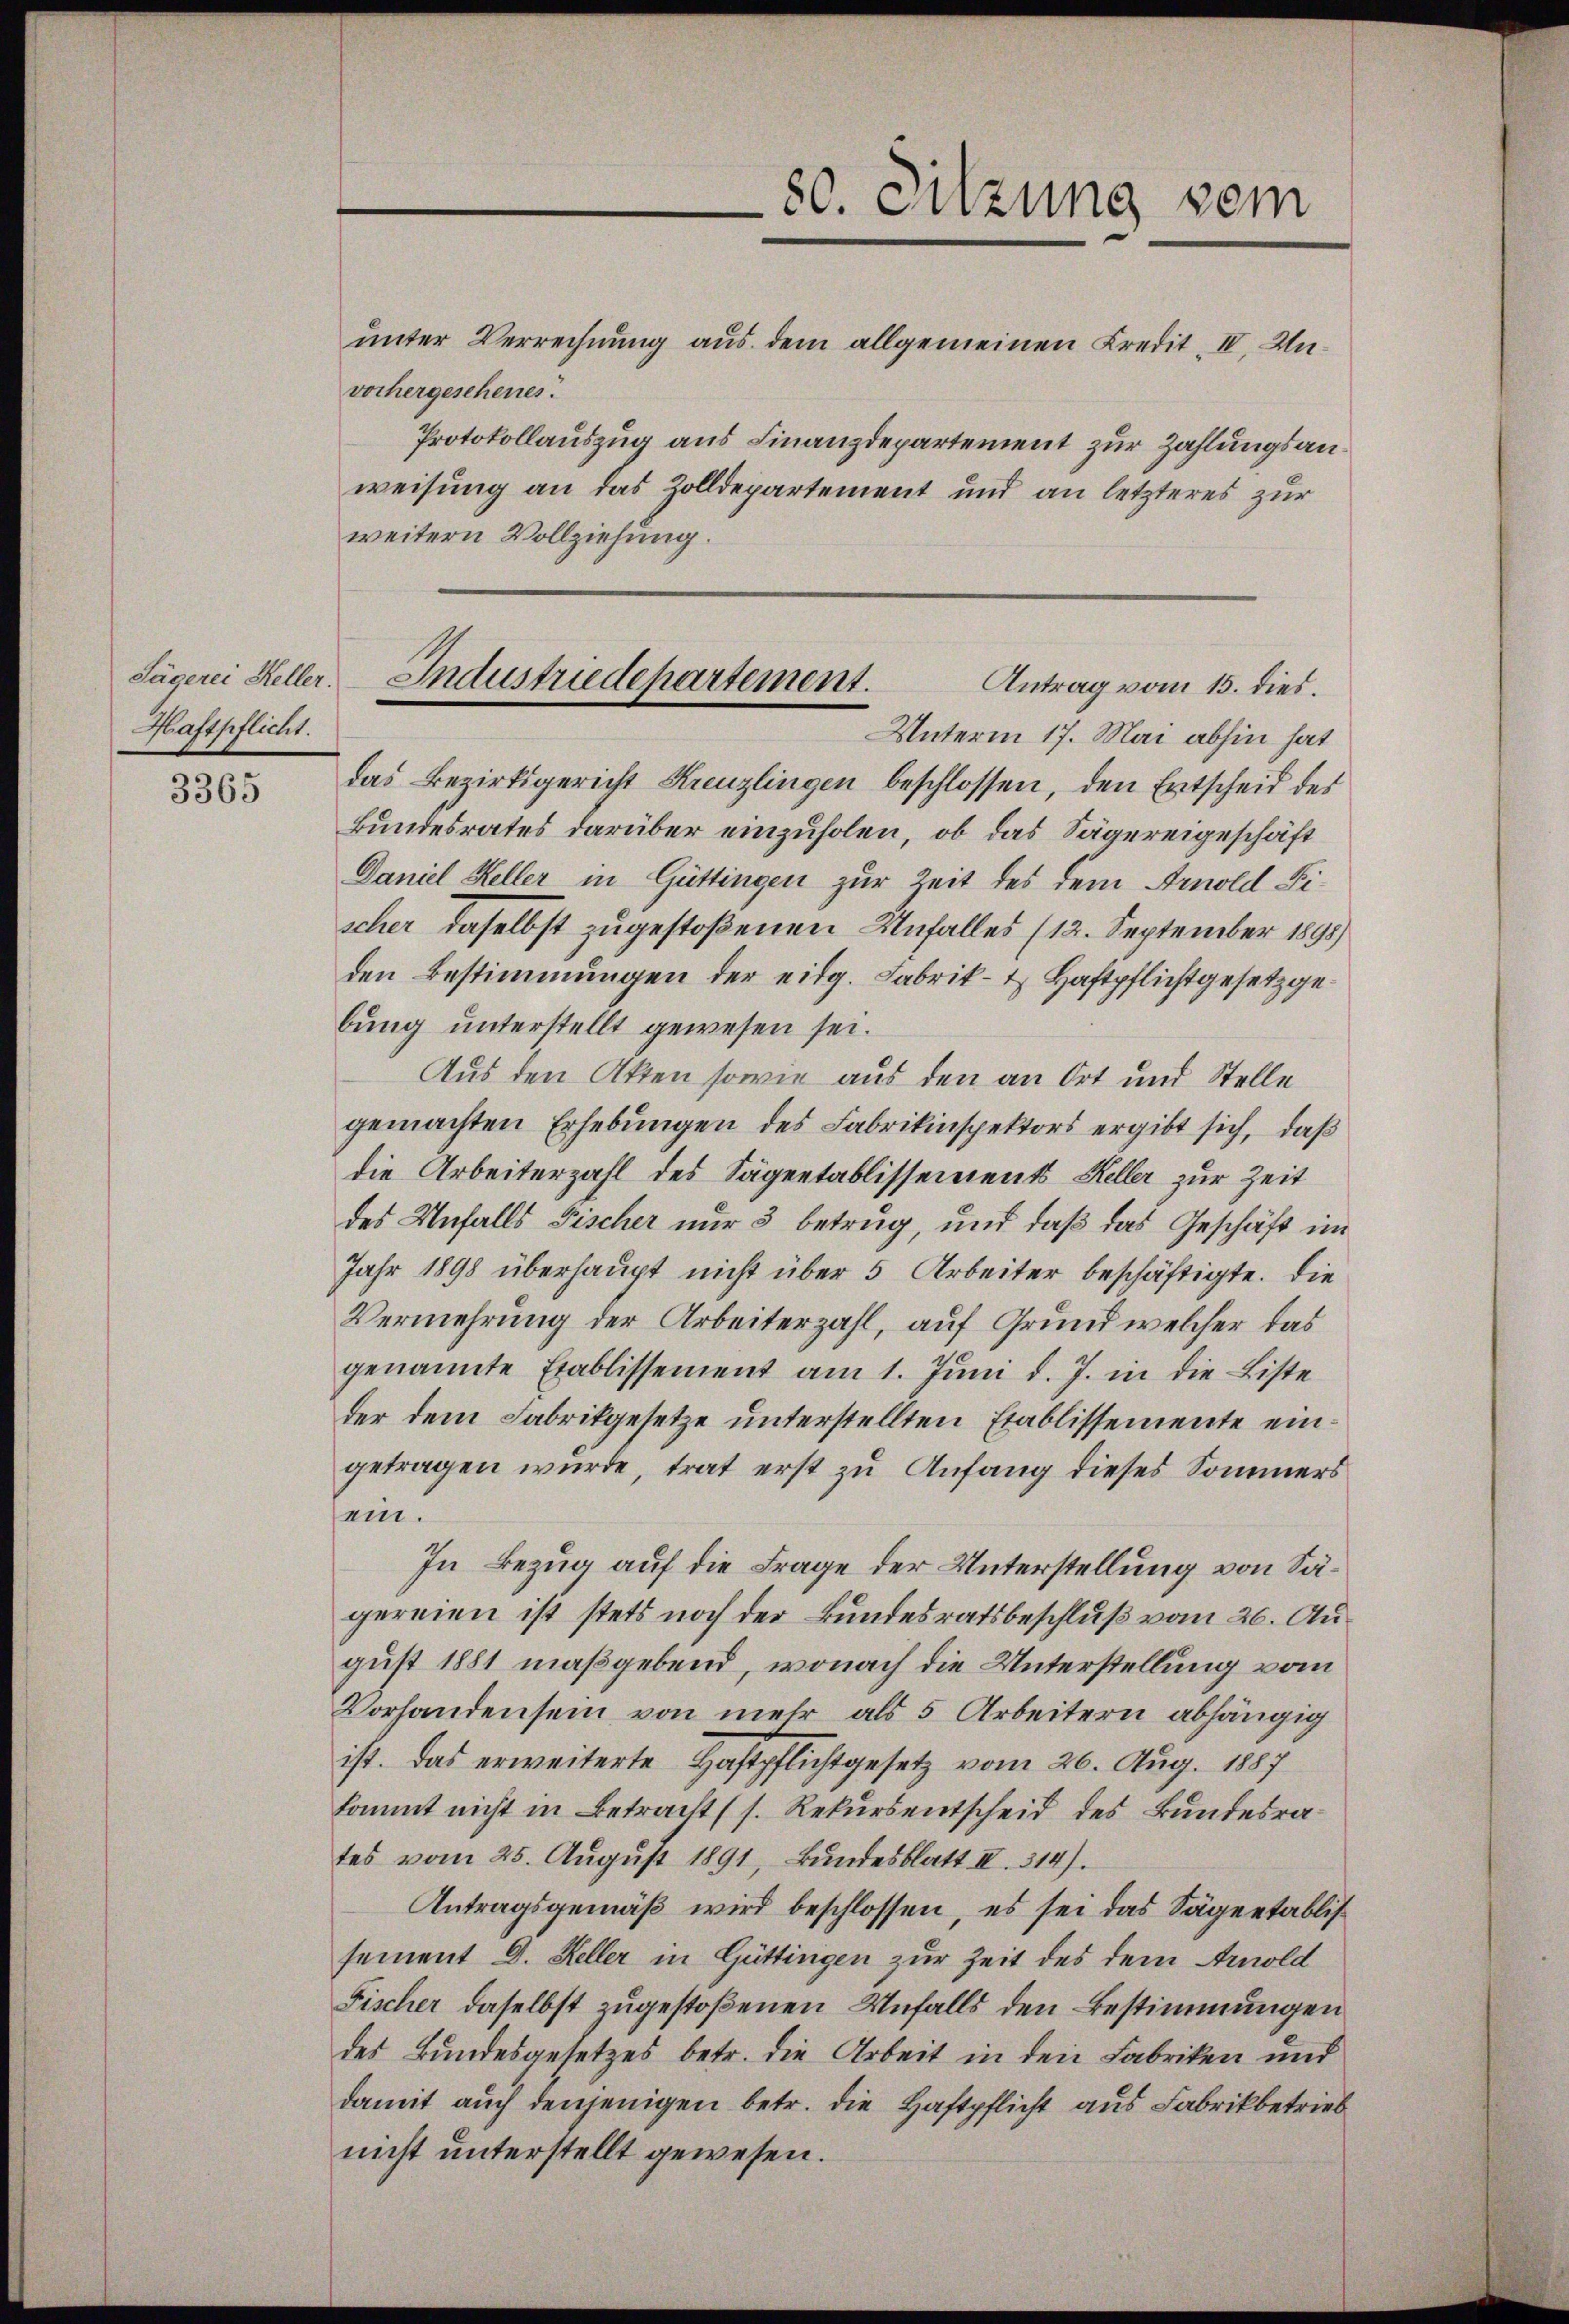
Haftpflicht.

3365

vorhergeschenes.
weitern Vollziehung.

80. Sitzung sein
unter Verrechnung aus dem allgemeinen Kredit II. Un¬
Protokollauszug aus Finanzdepartement zur Zahlungsanweisung an das Zolldepartement und an letzteres zur

Sägerei Heller. Industriedepartement.
Antrag vom 15. dies.
Unterm 17. Mai abhin hat

das Bezirksgericht Kreuzlingen beschlossen, den Entscheid des
Bundesrates darüber einzuholen, ob das Sägereigeschäft
Daniel Keller in Güttingen zur Zeit des dem Arnold Fischer daselbst zugestoßenen Unfalles (12. September 1898)
den Bestimmungen der eidg. Fabrik- & Haftpflichtgesetzgebung unterstellt gewesen sei.
Aus den Akten sowie aus den an Ort und Stelle
gemachten Erhebungen des Fabrikinspektors ergibt sich, daß
die Arbeiterzahl des Sägentablissements Keller zur Zeit
des Unfalls Fischer nur 3 betrug, und daß das Geschäft im
Jahr 1898 überhaupt nicht über 5 Arbeiter beschäftigte. Die
Vermehrung der Arbeiterzahl, auf Grund welcher das
genannte Etablissement am 1. Juni d. J. in die Liste
der dem Fabrikgesetze unterstellten Etablissemente eingetragen wurde, trat erst zu Anfang dieses Sommers
ein.
In Bezug auf die Frage der Unterstellung von Sägereien ist stets noch der Bundesratsbeschluß vom 20. August 1881 maßgebend, wonach die Unterstellung vom
Vorhanden sein von mehr als 5 Arbeitern abhängig
ist. Das erweiterte Haftpflichtgesetz vom 26. Aug. 1887
kommt nicht in Betracht (s. Rekursentscheid des Bundesrates vom 25. Aŭgŭst 1891, Bŭndesblatt III. 314).
Antragsgemäß wird beschlossen, es sei das Sägeetablis
sement D. Keller in Güttingen zur Zeit des dem Arnold
Fischer daselbst zugestoßenen Unfalls den Bestimmungen
des Bundesgesetzes betr. die Arbeit in den Fabriken und
damit auch denjenigen betr. die Haftpflicht aus Fabrikbetrieb
nicht unterstellt gewesen.